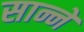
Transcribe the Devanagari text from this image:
सान्ने